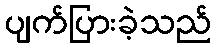
ပျက်ပြားခဲ့သည်